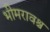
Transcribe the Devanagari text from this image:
भीमरावश्च